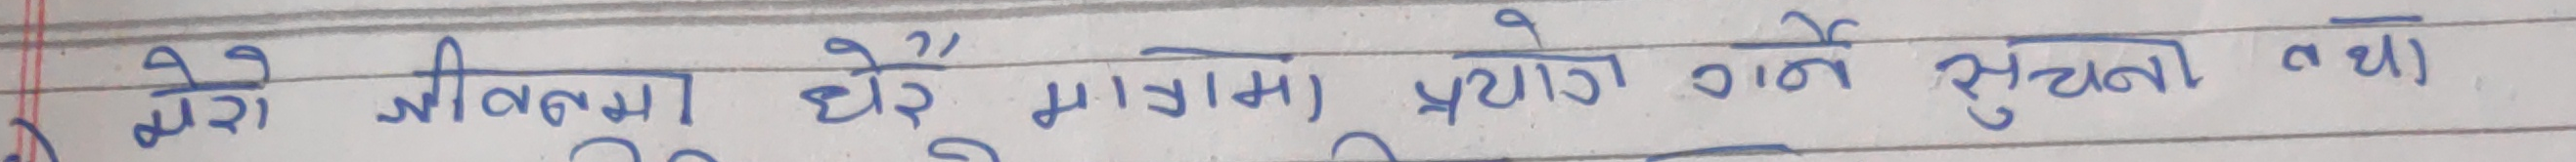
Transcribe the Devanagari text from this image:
मेरो जीवनमा धेरै भागमा प्रयोग गर्ने सुचना तथा